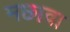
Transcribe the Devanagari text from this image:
मछावा